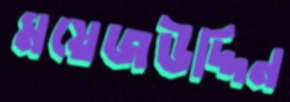
ময়েজউদ্দিন